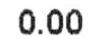
0.00